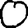
Digit: 0